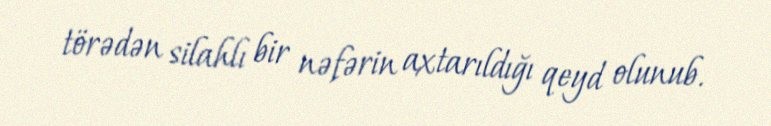
törədən silahlı bir nəfərin axtarıldığı qeyd olunub.